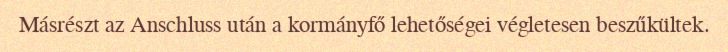
Másrészt az Anschluss után a kormányfő lehetőségei végletesen beszűkültek.